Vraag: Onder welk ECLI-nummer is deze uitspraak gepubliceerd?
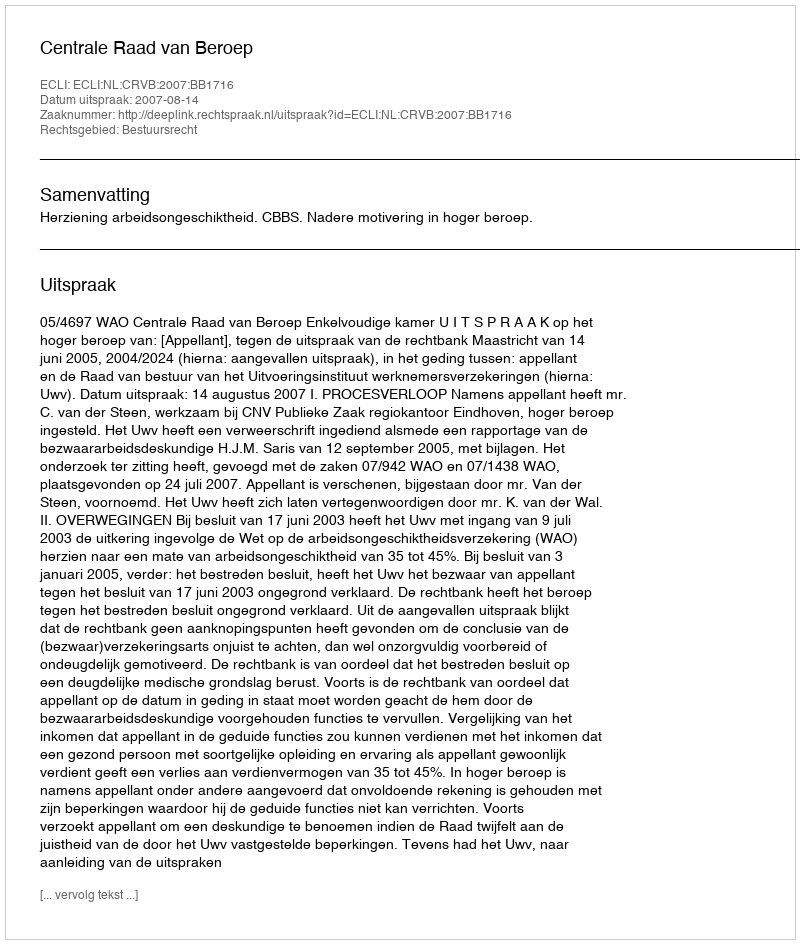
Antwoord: ECLI:NL:CRVB:2007:BB1716